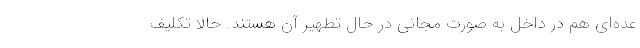
عده‌ای هم در داخل به صورت مجانی در حال تطهیر آن هستند. حالا تکلیف